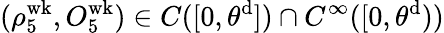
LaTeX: (\rho_{5}^{\mathrm{wk}},O_{5}^{\mathrm{wk}})\in C([0,\theta^{\mathrm{d}}])\cap C^{\infty}([0,\theta^{\mathrm{d}}))